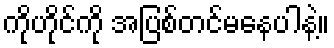
ကိုဟိုင်ကို အပြစ်တင်မနေပါနဲ့။